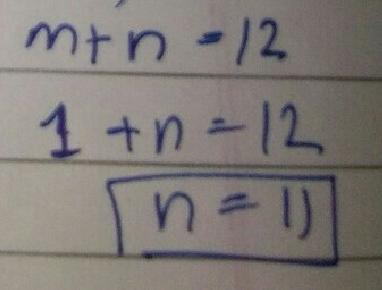
$m + n = 12$
$1 + n = 12$
$n = 11$